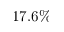
1 7 . 6 \%